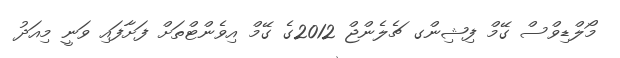
މޯލްޑިވްސް ގޭމް ފިޝިންގ ޗެލެންޖް 2012ގެ ގޭމް އިވެންޓްތަށް ފަށާފައި ވަނީ މިއަދު